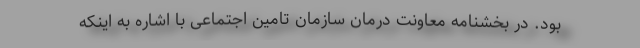
بود. در بخشنامه معاونت درمان سازمان تامین اجتماعی با اشاره به اینکه